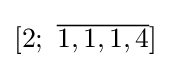
[2;\ {\overline {1,1,1,4}}]